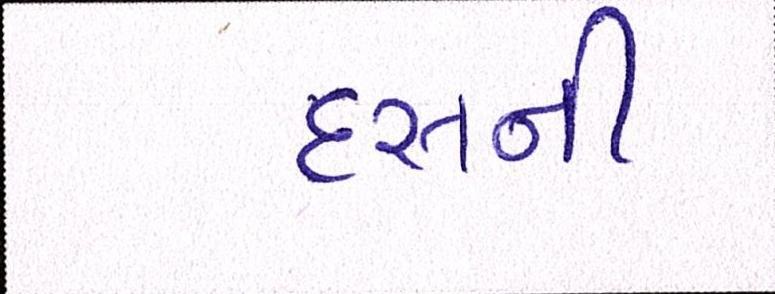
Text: દસની